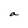
Character: a